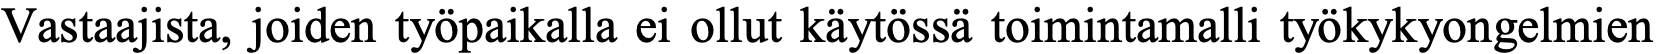
Vastaajista, joiden työpaikalla ei ollut käytössä toimintamalli työkykyongelmien